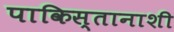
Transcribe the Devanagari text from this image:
पाकिस्तानाशी